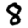
Digit: 8